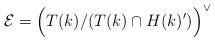
LaTeX: \begin{align*}\mathcal{E}=\Big(T(k)/(T(k)\cap H(k)')\Big)^\vee\end{align*}